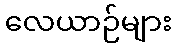
လေယာဉ်များ